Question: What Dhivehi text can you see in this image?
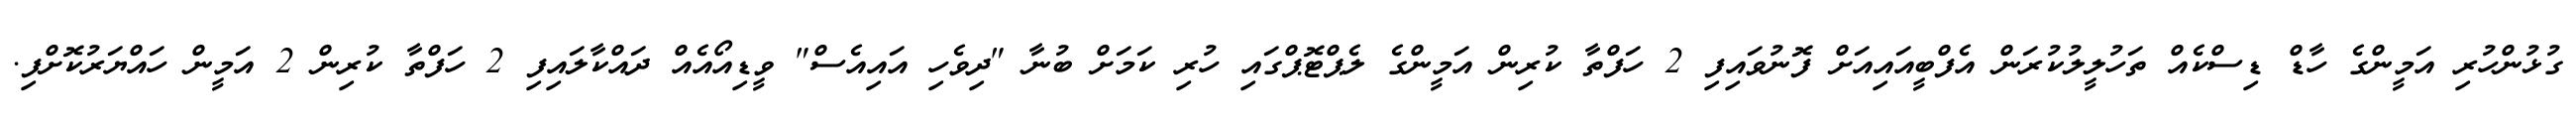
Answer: ގުޅުންހުރި އަމީންގެ ހާޑް ޑިސްކެއް ތަހުލީލުކުރަން އެފްބީއައިއަށް ފޮނުވައިފި 2 ހަފްތާ ކުރިން އަމީންގެ ލެޕްޓޮޕްގައި ހުރި ކަމަށް ބުނާ "ދިވެހި އައިއެސް" ވީޑިއޯއެއް ދައްކާލައިފި 2 ހަފްތާ ކުރިން 2 އަމީން ހައްޔަރުކޮށްފި.